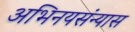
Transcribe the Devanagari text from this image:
अभिनयसंन्यास